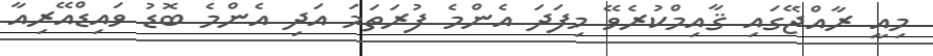
މިއީ ރާއްޖޭގައި ޤާއިމްކުރެވޭ މިފަދަ އެންމެ ފުރަތަމަ އަދި އެންމެ ބޮޑު ވައިޑްއޭރިއާ